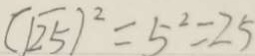
( \sqrt { 2 5 } ) ^ { 2 } = 5 ^ { 2 } = 2 5